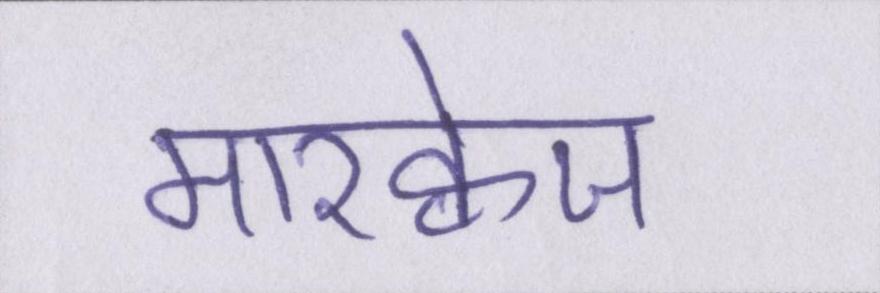
मारक्वेज